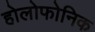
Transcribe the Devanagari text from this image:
होलोफोनिक